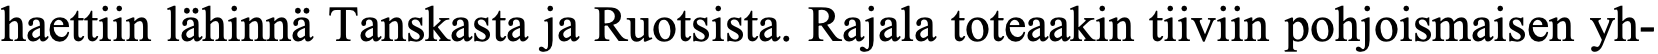
haettiin lähinnä Tanskasta ja Ruotsista. Rajala toteaakin tiiviin pohjoismaisen yh-